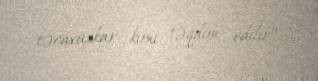
təcavüzkar kimi təqdim edilir”.